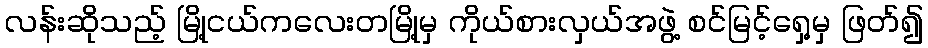
လန်းဆိုသည့် မြို့ငယ်ကလေးတမြို့မှ ကိုယ်စားလှယ်အဖွဲ့ စင်မြင့်ရှေ့မှ ဖြတ်၍